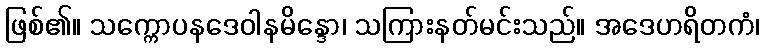
ဖြစ်၏။ သက္ကောပနဒေဝါနမိန္ဒော၊ သကြားနတ်မင်းသည်။ အဒေဟရိတကံ၊